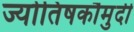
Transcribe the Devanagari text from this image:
ज्योतिषकौमुदी